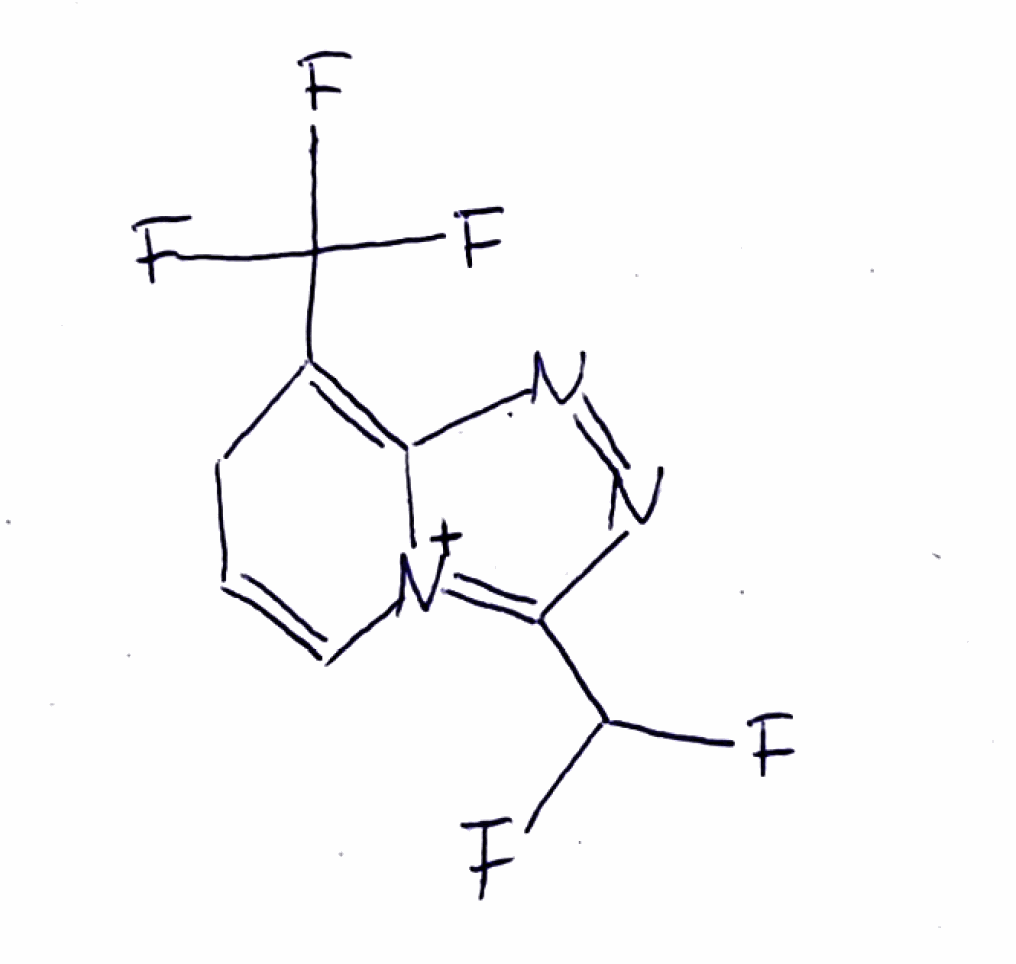
Simplified molecular-input line-entry system (SMILES) notation of the given molecule:
C1C=C[N+]2=C(N=NC2=C1C(F)(F)F)C(F)F